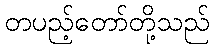
တပည့်တော်တို့သည်